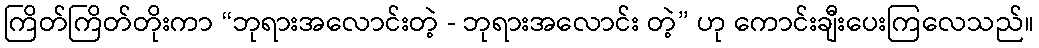
ကြိတ်ကြိတ်တိုးကာ “ဘုရားအလောင်းတဲ့ - ဘုရားအလောင်း တဲ့” ဟု ကောင်းချီးပေးကြလေသည်။